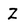
Character: Z